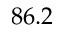
8 6 . 2